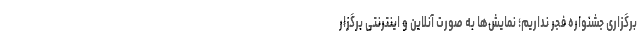
برگزاری جشنواره فجر نداریم؛ نمایش‌ها به صورت آنلاین و اینترنتی برگزار